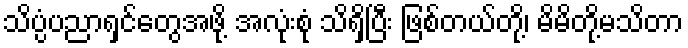
သိပ္ပံပညာရှင်တွေအဖို့ အလုံးစုံ သိရှိပြီး ဖြစ်တယ်တို့၊ မိမိတို့မသိတာ